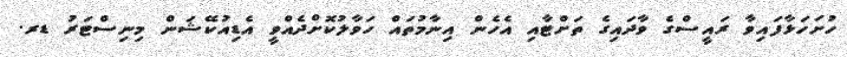
ހުށަހަޅާފައިވާ ރައީސްގެ ވާދައިގެ ތަށްޓާއި އެހެން އިނާމުތައް ހަވާލުކޮށްދެއްވީ އެޑިއުކޭޝަން މިނިސްޓަރު ޑރ.